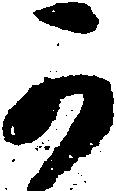
可